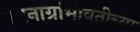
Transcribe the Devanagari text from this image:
स्तनाग्रांभोवतीच्या